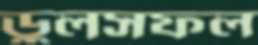
ডুলসফল